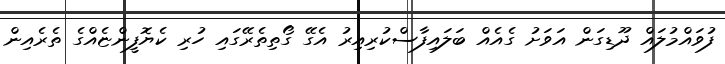
ފުވައްމުލައް ދޫޑިގަން އަވަށު ގެއެއް ބަލައިފާސްކުރިއިރު އެގޭ ގޯތިތެރޭގައި ހުރި ކެޔޮފީންޏެއްގެ ތެރެއިން